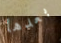
بعدها